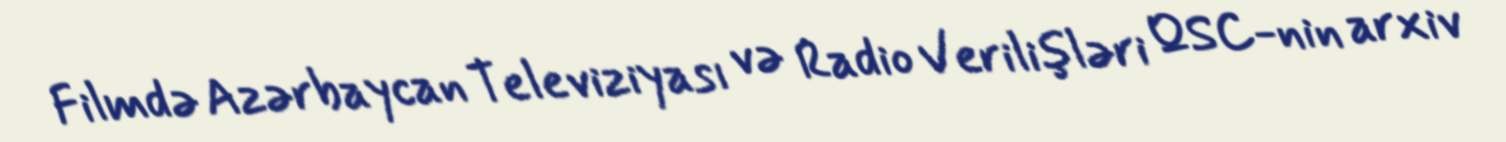
Filmdə Azərbaycan Televiziyası və Radio Verilişləri QSC-nin arxiv